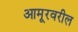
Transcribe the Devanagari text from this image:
आमूरवरील